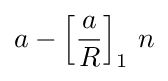
a-\left[{\frac {a}{R}}\right]_{1}\,n